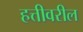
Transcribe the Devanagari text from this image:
हत्तीवरील